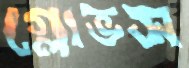
গ্লোভস